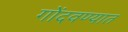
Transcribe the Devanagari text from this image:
गोंदवण्यात